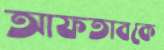
আফতাবকে